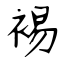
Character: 裼